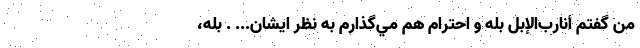
من گفتم أنارب‌الإبل بله و احترام هم مي‌گذارم به نظر ايشان... . بله،